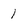
Character: 1